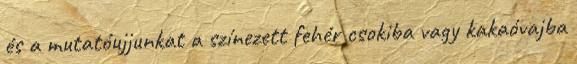
és a mutatóujjunkat a színezett fehér csokiba vagy kakaóvajba